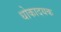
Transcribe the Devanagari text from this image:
धोकादयक